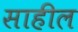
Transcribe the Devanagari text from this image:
साहील